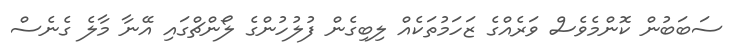
ސަބަބުން ކޮންމެވެސް ވަރެއްގެ ޒަހަމުތަކެއް ލިބިގެން ފުލުހުންގެ ލޯންޗްގައި އޭނާ މާލެ ގެނެސް